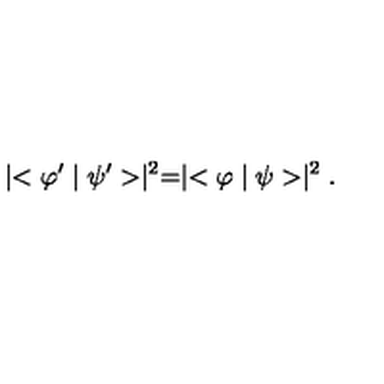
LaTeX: \mid < \varphi ^ { \prime } \mid \psi ^ { \prime } > \mid ^ { 2 } = \mid < \varphi \mid \psi > \mid ^ { 2 } .